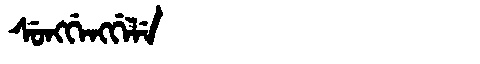
Manchu: ᠰᡠᠩᡤᡝᠩᡤᡝᠯᡝ
Romanization: SUNGGENGGELE